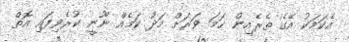
އެކަމަކު އޭގެ ތެރެއިން ހަމަ ވަރަށް މަދު ކަމެއް ނޫނީ ކުރެވިފައި އޮތް